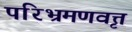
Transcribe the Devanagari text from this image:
परिभ्रमणवृत्त